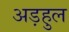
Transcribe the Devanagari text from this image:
अड़हुल